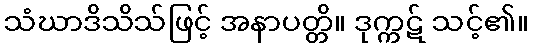
သံဃာဒိသိသ်ဖြင့် အနာပတ္တိ။ ဒုက္ကဋ် သင့်၏။